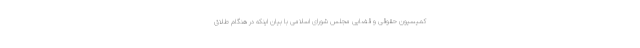
کمیسیون حقوقی و قضایی مجلس شورای اسلامی با بیان اینکه در هنگام طلاق